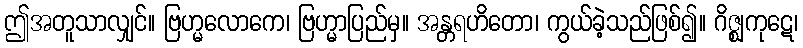
ဤအတူသာလျှင်။ ဗြဟ္မလောကေ၊ ဗြဟ္မာပြည်မှ။ အန္တရဟိတော၊ ကွယ်ခဲ့သည်ဖြစ်၍။ ဂိဇ္ဈကုဋေ၊